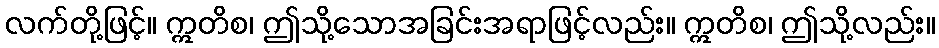
လက်တို့ဖြင့်။ ဣတိစ၊ ဤသို့သောအခြင်းအရာဖြင့်လည်း။ ဣတိစ၊ ဤသို့လည်း။